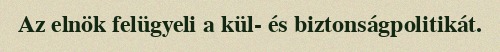
Az elnök felügyeli a kül- és biztonságpolitikát.